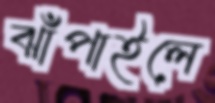
ঝাঁপাইলে